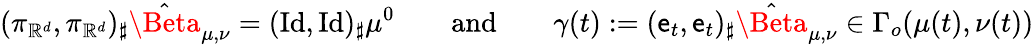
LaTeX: (\pi_{\mathbb{R}^{d}},\pi_{\mathbb{R}^{d}})_{\sharp}\hat{\Beta}_{\mu,\nu}=(\textnormal{Id},\textnormal{Id})_{\sharp}\mu^{0}\qquad\mathrm{and}\qquad\gamma(t):=(\textnormal{\textsf{e}}_{t},\textnormal{\textsf{e}}_{t})_{\sharp}\hat{\Beta}_{\mu,\nu}\in\Gamma_{o}(\mu(t),\nu(t))